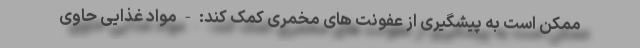
ممکن است به پیشگیری از عفونت های مخمری کمک کند: - مواد غذایی حاوی